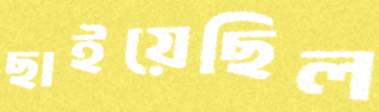
ছাইয়েছিল